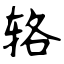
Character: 辂